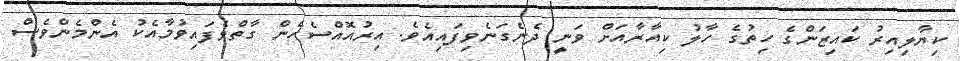
ކިޔާލިއިރު ކައިޒަންގެ ހިތުގެ ހާލު ކިއާރާއަށް ވަނީ ދެނެގަނެވިފައިއެވެ. އިރުއޮއްސެހެން ގާތްވެފައިވުމާއެކު އެންމެންވެސް